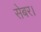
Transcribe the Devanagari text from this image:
सेबर।